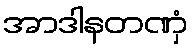
အာဒါနတဏှံ